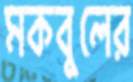
মকবুলের